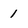
Character: 1